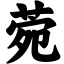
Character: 菀